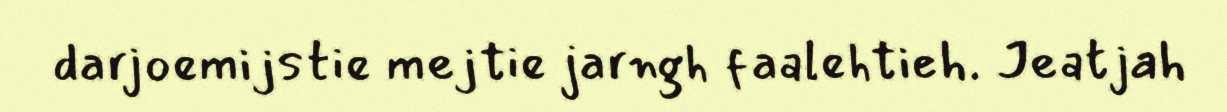
darjoemijstie mejtie jarngh faalehtieh. Jeatjah